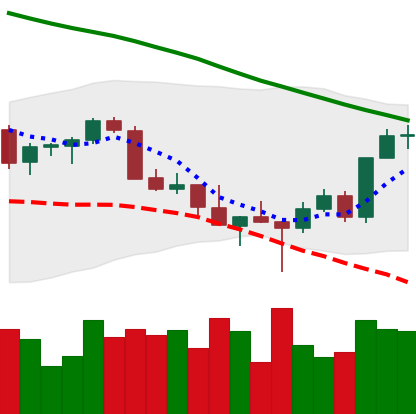
Ticker: XMR-USD
Chart end date: 2022-03-02
Forward return: -11.056%
Label: down_7plus